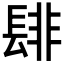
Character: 𮤁